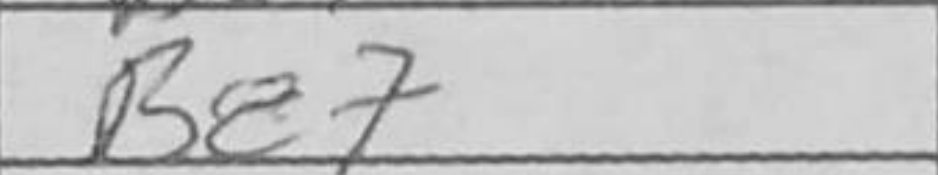
Transcription: Ba7